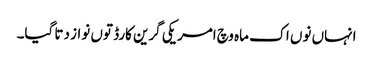
انہاں نو‏ں اک ماہ وچ امریکی گرین کارڈ تو‏ں نواز دتا گیا۔